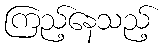
ကြည့်နေသည့်